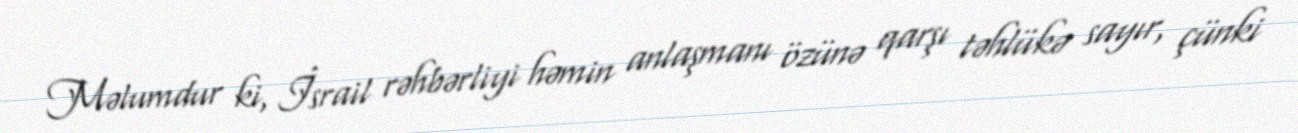
Məlumdur ki, İsrail rəhbərliyi həmin anlaşmanı özünə qarşı təhlükə sayır, çünki